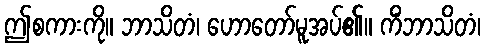
ဤစကားကို။ ဘာသိတံ၊ ဟောတော်မူအပ်၏။ ကိံဘာသိတံ၊